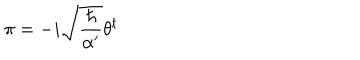
LaTeX: \pi = - i \sqrt { \frac { \hbar } { \alpha ^ { \prime } } } \theta ^ { t }